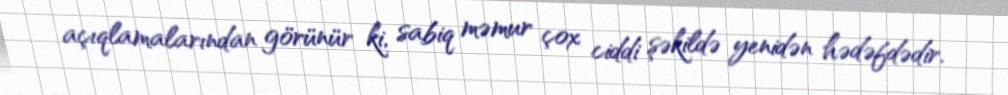
açıqlamalarından görünür ki, sabiq məmur çox ciddi şəkildə yenidən hədəfdədir.